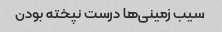
سیب زمینی‌ها درست نپخته بودن